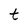
Character: t